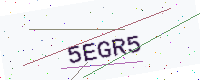
Text: 5EGR5